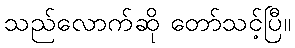
သည်လောက်ဆို တော်သင့်ပြီ။